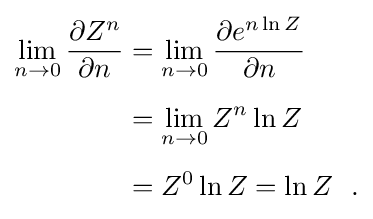
{\begin{aligned}\lim _{n\rightarrow 0}{\dfrac {\partial Z^{n}}{\partial n}}&=\lim _{n\rightarrow 0}{\dfrac {\partial e^{n\ln Z}}{\partial n}}\\[5pt]&=\lim _{n\rightarrow 0}Z^{n}\ln Z\\[5pt]&=Z^{0}\ln Z=\ln Z~~.\end{aligned}}